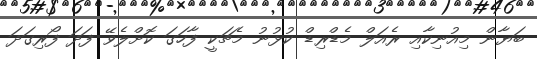
ބަޔާން މިއުނިކާއި ރެއަލް މެޑްރިޑް ކުޅުނު މެޗަކީ ފާހަގަ ކޮށްލެވޭ ފަދަ ފޯރިގަދަ